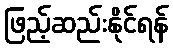
ဖြည့်ဆည်းနိုင်ရန်